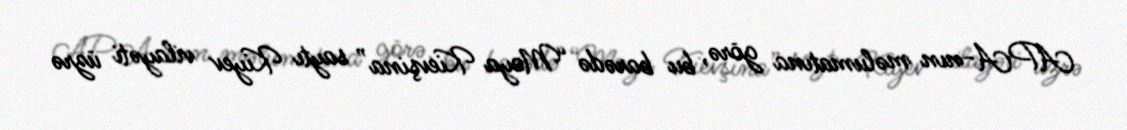
APA-nın məlumatına görə, bu barədə “Moya Kievşina” saytı Kiyev vilayəti üzrə